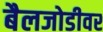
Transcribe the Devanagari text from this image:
बैलजोडीवर